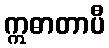
ဣဓာတာပီ